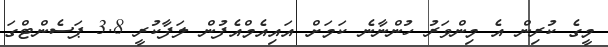
މީގެ ކުރިން އެ މިންވަރު ހުންނާނެ ކަމަށް އައިއެމްއެފުން ލަފާކުރީ 3.8 ޕަސެންޓްގަ